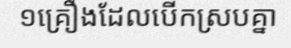
១គ្រឿងដែលបើកស្របគ្នា